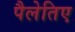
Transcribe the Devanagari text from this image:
पैलेतिए